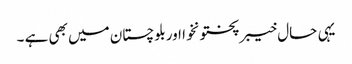
یہی حال خیبرپختونخوا اوربلوچستان میں بھی ہے ۔